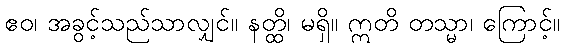
ဧဝ၊ အခွင့်သည်သာလျှင်။ နတ္ထိ၊ မရှိ။ ဣတိ တသ္မာ၊ ကြောင့်။